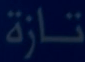
تازة